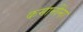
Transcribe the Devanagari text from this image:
कमानींना